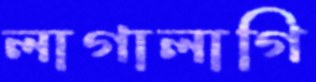
লাগালাগি